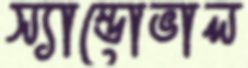
স্যান্ডোভাল